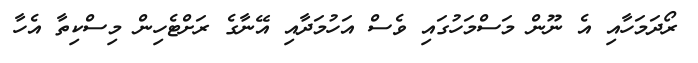
ރޯދަމަހާއި އެ ނޫން މަސްމަހުގައި ވެސް އަހުމަދާއި އޭނާގެ ރަށްޓެހިން މިސްކިތާ އެހާ